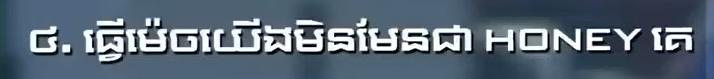
៤. ធ្វើម៉េចយើងមិនមែនជា HONEY គេ